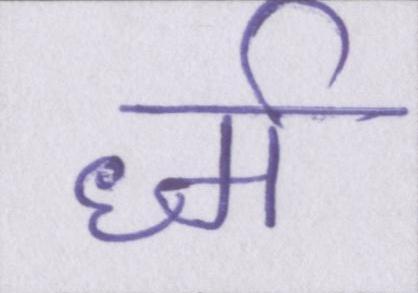
र्ध्म